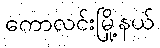
ကောလင်းမြို့နယ်